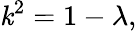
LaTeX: \mathit{k}^{2}=1-\lambda,